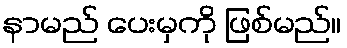
နာမည် ပေးမှကို ဖြစ်မည်။